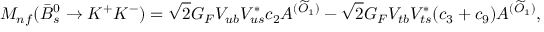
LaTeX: M _ { n f } ( \bar { B } _ { s } ^ { 0 } \rightarrow K ^ { + } K ^ { - } ) = \sqrt { 2 } G _ { F } V _ { u b } V _ { u s } ^ { * } c _ { 2 } A ^ { ( \widetilde { O } _ { 1 } ) } - \sqrt { 2 } G _ { F } V _ { t b } V _ { t s } ^ { * } ( c _ { 3 } + c _ { 9 } ) A ^ { ( \widetilde { O } _ { 1 } ) } ,